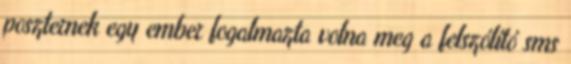
poszternek egy ember fogalmazta volna meg a felszólító sms